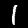
Digit: 1